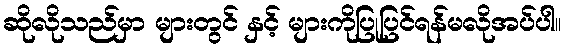
ဆိုလိုသည်မှာ များတွင် နှင့် များကိုပြုပြင်ရန်မလိုအပ်ပါ။